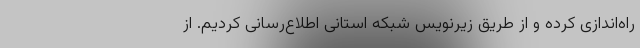
راه‌اندازی کرده و از طریق زیرنویس شبکه استانی اطلاع‌رسانی کردیم. از